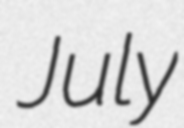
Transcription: July